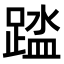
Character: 𫏘